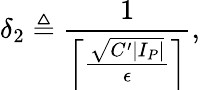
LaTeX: \delta_{2}\triangleq\frac{1}{\left\lceil\frac{\sqrt{C^{\prime}|I_{P}|}}{\epsilon}\right\rceil},